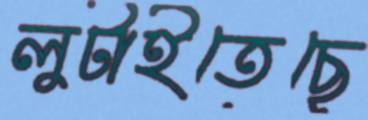
লুটাইতেছে